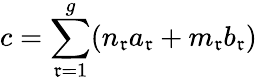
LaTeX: c=\sum_{\mathfrak{r}=1}^{g}(n_{\mathfrak{r}}a_{\mathfrak{r}}+m_{\mathfrak{r}}b_{\mathfrak{r}})